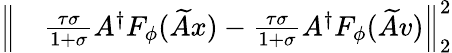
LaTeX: \begin{array}{rl}{\Bigl\| }&{{}\frac{\tau\sigma}{1+\sigma}A^{\dagger}F_{\phi}(\widetilde{A}x)-\frac{\tau\sigma}{1+\sigma}A^{\dagger}F_{\phi}(\widetilde{A}v)\Bigr\| _{2}^{2}}\end{array}